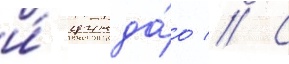
и́ цинда́о // С